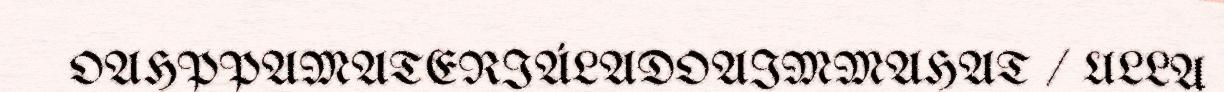
OAHPPAMATERIÁLADOAIMMAHAT / ULLA